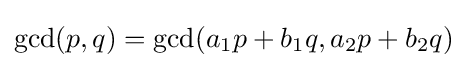
\gcd(p,q)=\gcd(a_{1}p+b_{1}q,a_{2}p+b_{2}q)